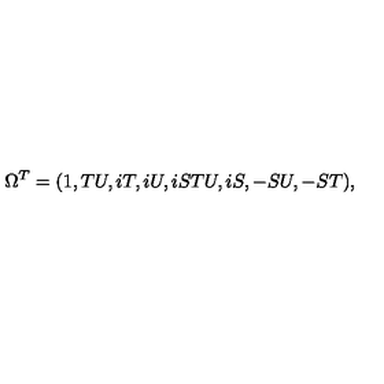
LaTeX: \Omega ^ { T } = ( 1 , T U , i T , i U , i S T U , i S , - S U , - S T ) ,